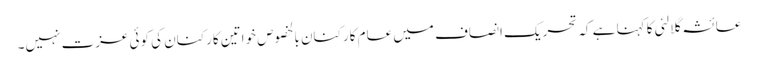
عائشہ گلالئی کا کہنا ہے کہ تحریک انصاف میں عام کارکنان بالخصوص خواتین کارکنان کی کوئی عزت نہیں۔